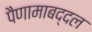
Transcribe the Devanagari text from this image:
पैणामाबद्दल